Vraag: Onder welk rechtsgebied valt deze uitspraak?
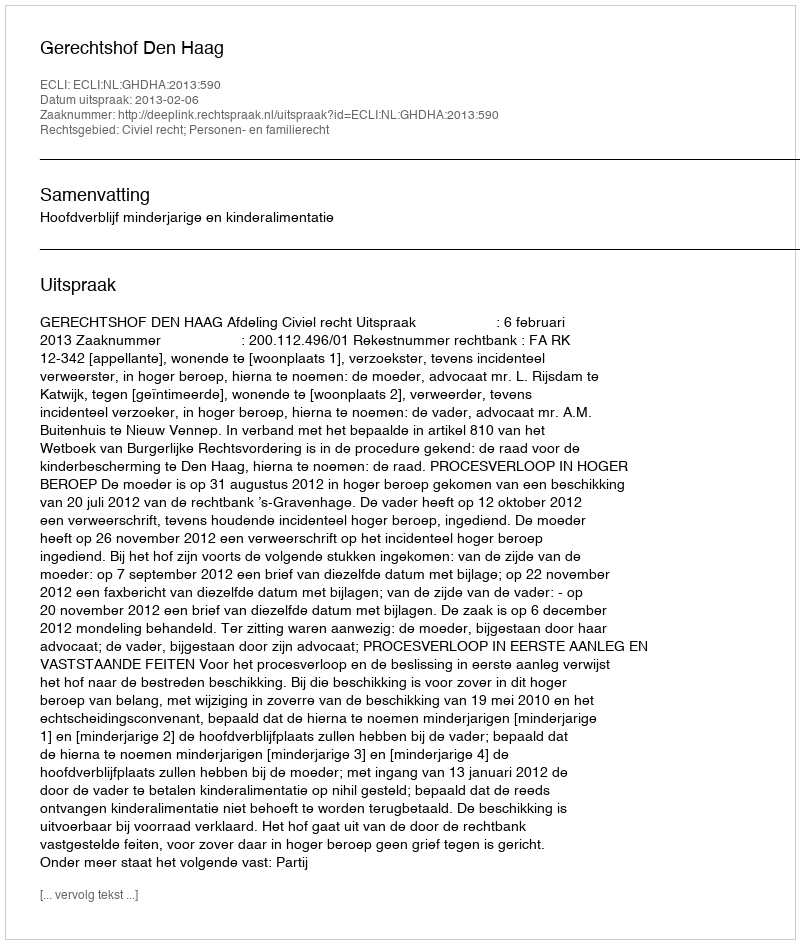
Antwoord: Civiel recht; Personen- en familierecht